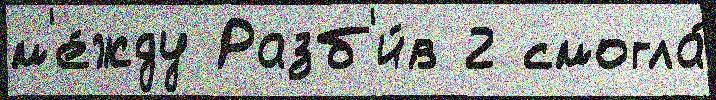
м'е́жду Разб'и́в 2 смогла́